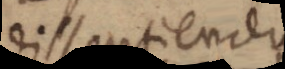
dissentiendum.